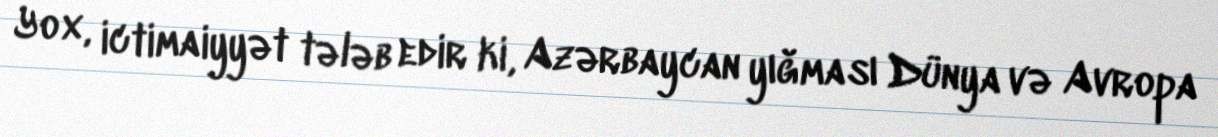
Yox, ictimaiyyət tələb edir ki, Azərbaycan yığması Dünya və Avropa